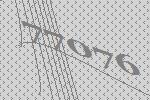
77076